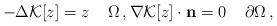
LaTeX: \begin{align*}-\Delta\mathcal{K}[z] = z \;\;\;\; \Omega\,, \nabla\mathcal{K}[z]\cdot \mathbf{n} = 0 \;\;\;\; \partial\Omega\,, \end{align*}